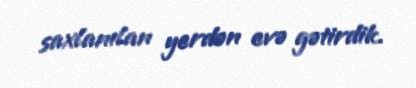
saxlanılan yerdən evə gətirdik.